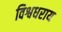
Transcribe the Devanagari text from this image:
विश्वधराय